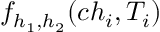
f _ { h _ { 1 } , h _ { 2 } } ( c h _ { i } , T _ { i } )